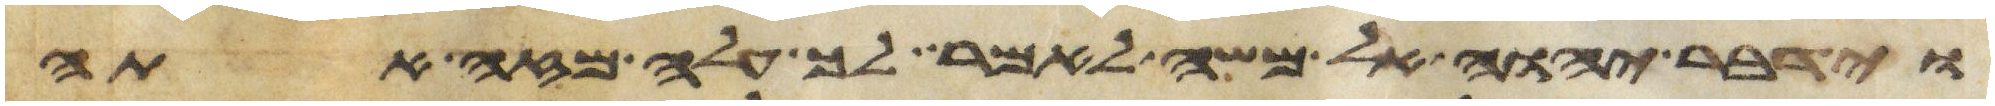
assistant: וידבר יהוה אל משה לאמר לך עלה מזה אתה